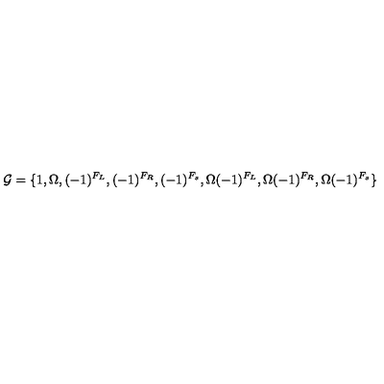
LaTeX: { \cal G } = \{ 1 , \Omega , ( - 1 ) ^ { F _ { L } } , ( - 1 ) ^ { F _ { R } } , ( - 1 ) ^ { F _ { s } } , \Omega ( - 1 ) ^ { F _ { L } } , \Omega ( - 1 ) ^ { F _ { R } } , \Omega ( - 1 ) ^ { F _ { s } } \}